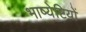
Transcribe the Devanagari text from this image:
भाष्येष्टियों